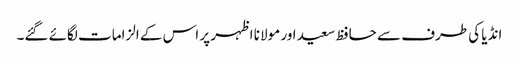
انڈیا کی طرف سے حافظ سعید اور مولانا اظہر پر اس کے الزامات لگائے گئے۔